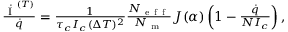
\begin{array} { r } { \frac { \dot { \mathrm { ~ I ~ } } ^ { ( T ) } } { \dot { q } } = \frac { 1 } { \tau _ { c } I _ { c } ( \Delta T ) ^ { 2 } } \frac { N _ { \mathrm { ~ e ~ f ~ f ~ } } } { N _ { \mathrm { ~ m ~ } } } J ( \alpha ) \left( 1 - \frac { \dot { q } } { N I _ { c } } \right) , } \end{array}